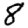
Digit: 8